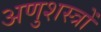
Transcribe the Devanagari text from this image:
अणुशस्त्रों